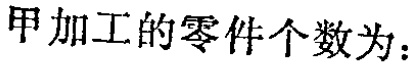
甲加工的零件个数为：